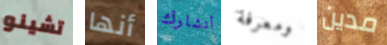
تشينو أنها أتشارك ومعرفة مدين